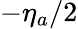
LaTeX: -\eta_{a}/2